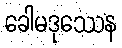
ခေါမဒုဿေန